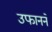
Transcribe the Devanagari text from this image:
उफानने